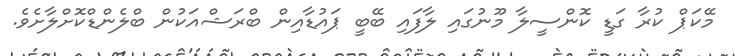
މޭކަޕް ކުރާ ގަޑީ ކޮންސީލާ މޫނުގައި ލާފައި ބޭބީ ޕައުޑާއިން ބްރަޝްއަކުން ބްލެންޑްކޮށްލާށެވެ.